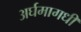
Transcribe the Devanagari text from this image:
अर्घमागधी